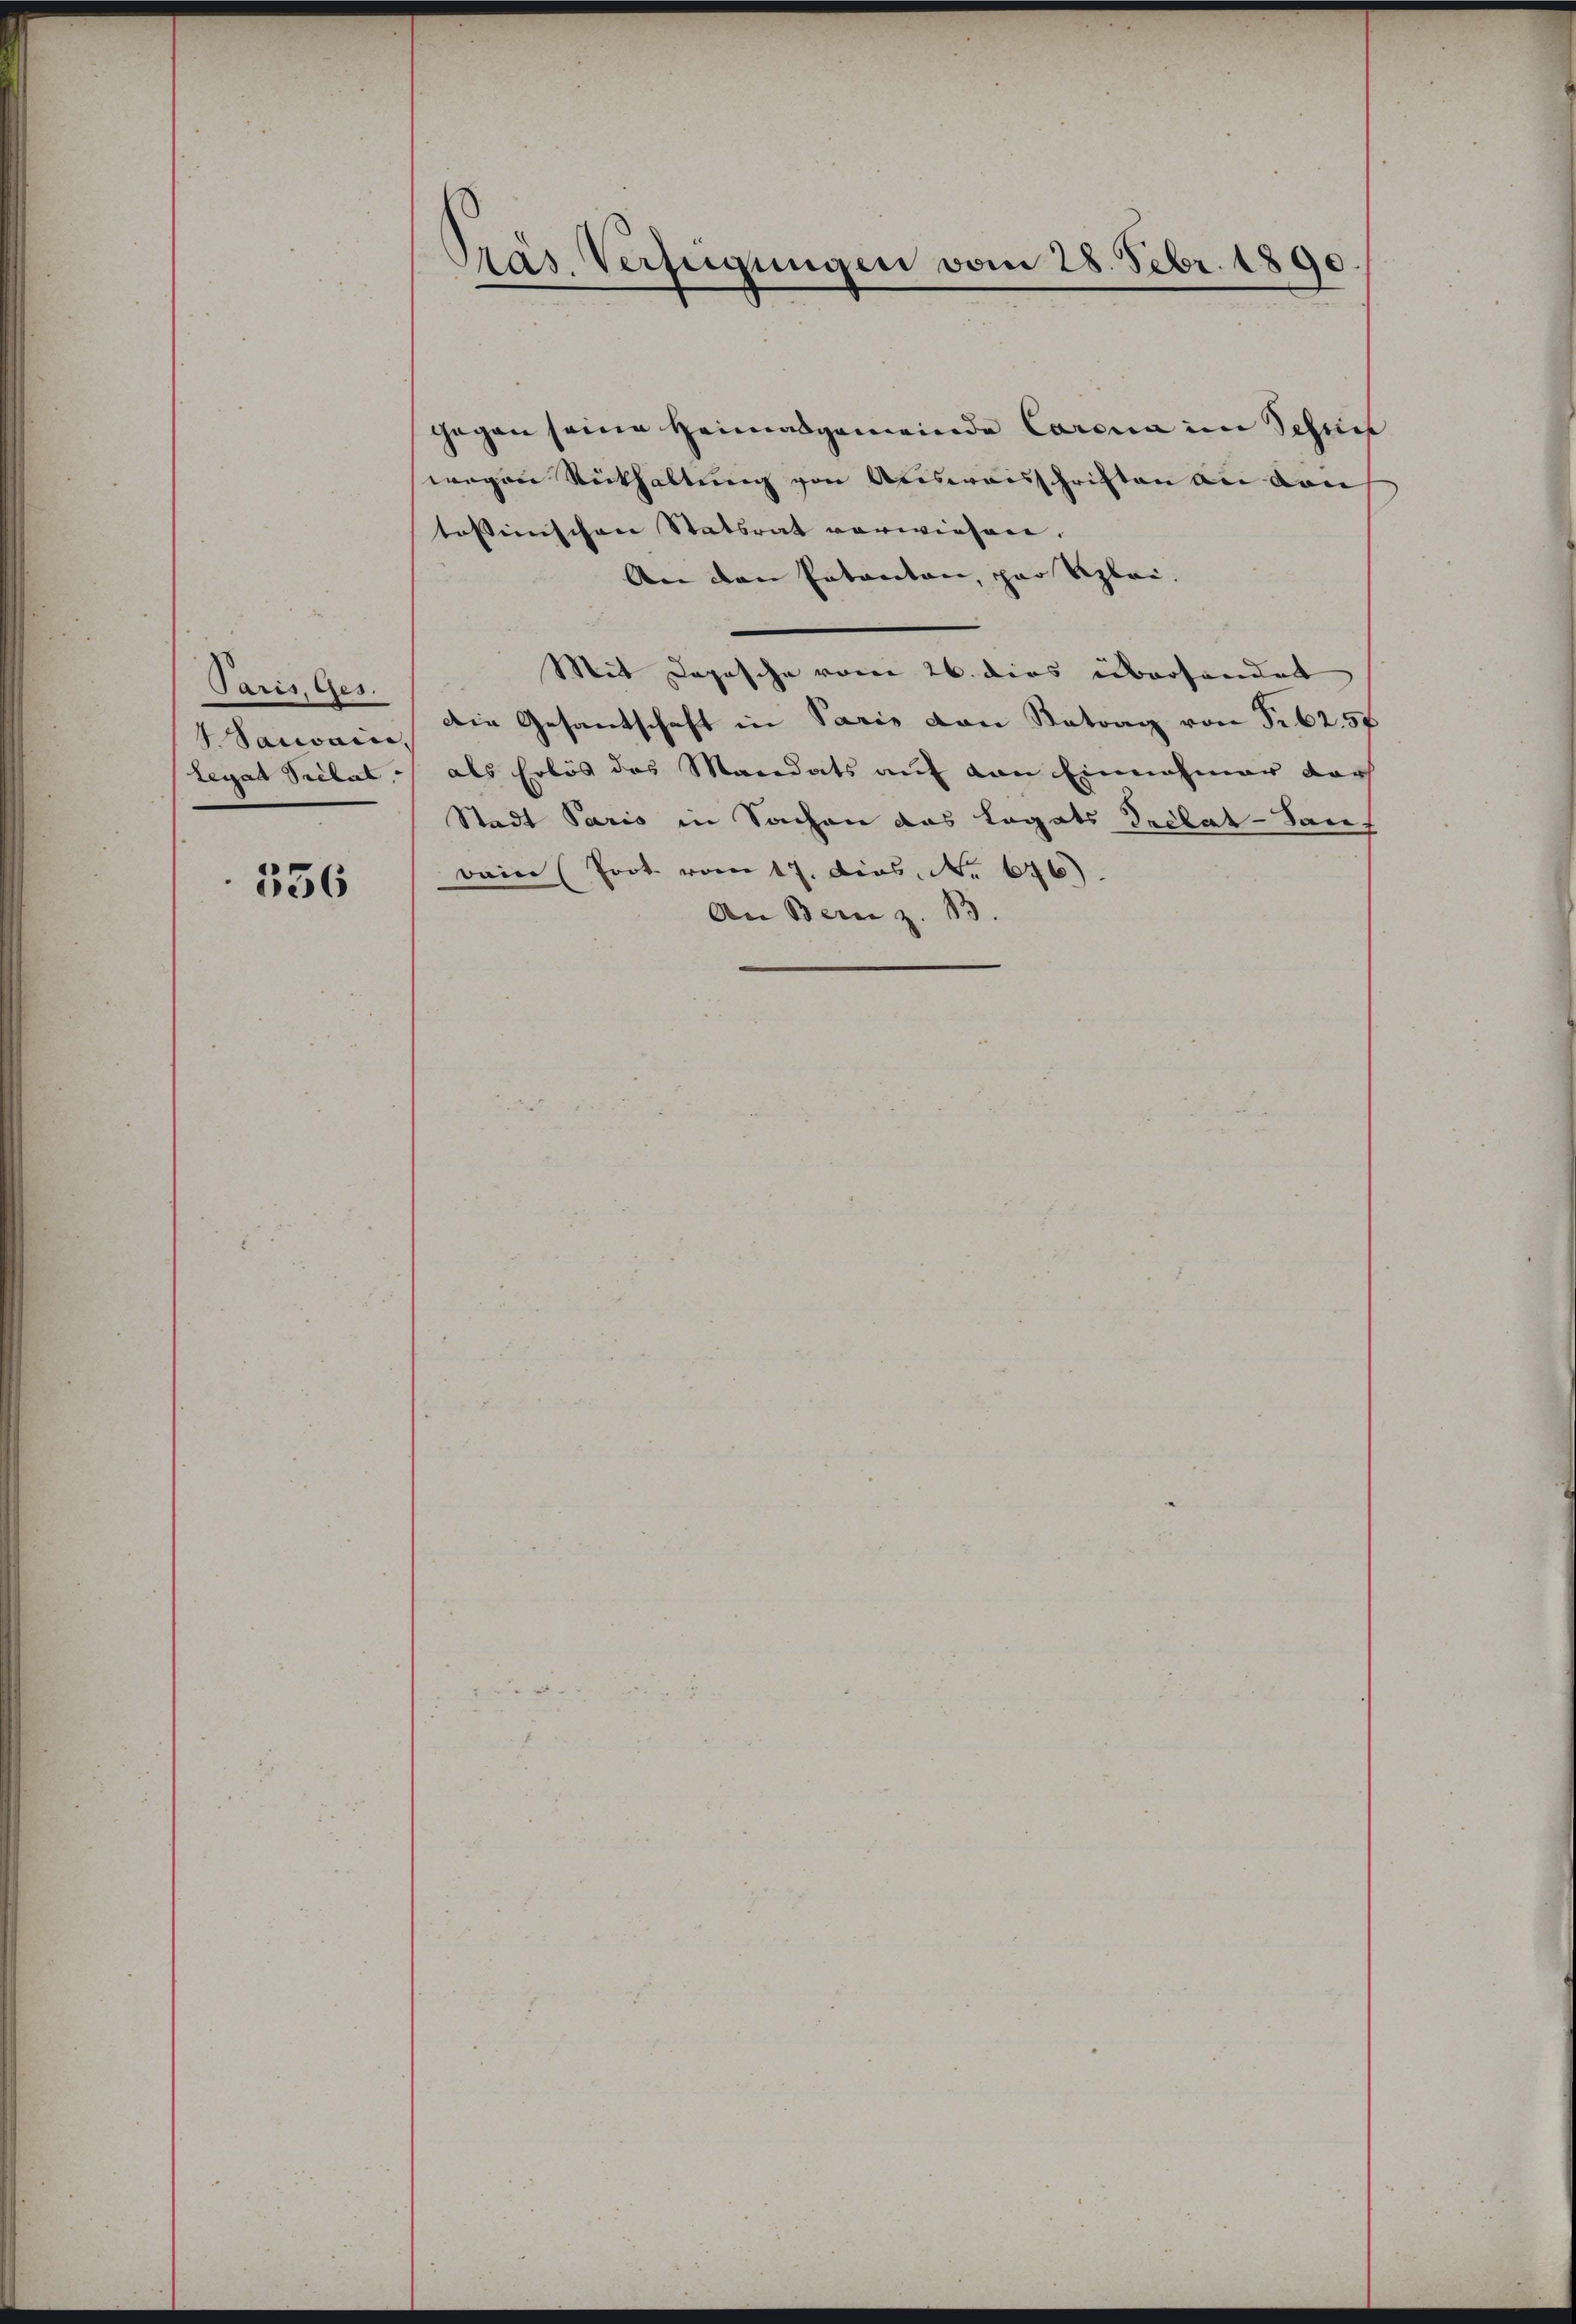
Paris, Ges.
4 Sauvain,
Legat Prelat

556

¬
Pras Verfügungen vom 28. Febr. 1890.

gegen seine Heimatgemeinde Carina im Schnet
wegen Rückhaltung von Ausweisschriften an den
tassinischen Statsrat vorwiesen.
An den Patenten, par Reglei¬
Mit Deposche vom 26. dies überhander
Die Gesantschaft in Paris von Betrag von Fr. 62. 57
als Erlös des Mandats auf von Einnahmer dar
Stadt Paris in Sachen das Legats Declat - Sauf
Dein (Prot. vom 17. dies. No. 676)
An Bern z. B.